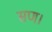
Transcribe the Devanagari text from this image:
सण।